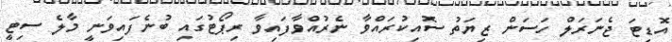
އޮޑިޓަ ޖެނަރަލް ހަސަން ޒިޔަތު ސޮއިކުރައްވާ ނެރުއްވާފައިވާ ރިޕޯޓުގައި ބުނެފައިވަނީ މާލެ ސިޓީ